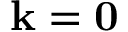
\mathbf k = \mathbf 0